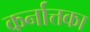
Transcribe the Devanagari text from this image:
कर्नात्तका